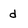
Character: d